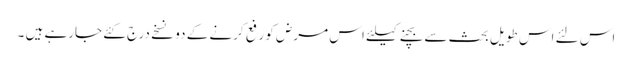
اس لئے اس طویل بحث سے بچنے کیلئے اس مرض کو رفع کرنے کے دو نسخے درج کئے جارہے ہیں ۔